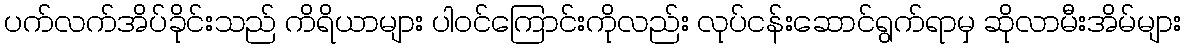
ပက်လက်အိပ်ခိုင်းသည် ကိရိယာများ ပါဝင်ကြောင်းကိုလည်း လုပ်ငန်းဆောင်ရွက်ရာမှ ဆိုလာမီးအိမ်များ